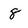
Character: 8